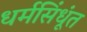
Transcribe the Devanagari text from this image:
धर्मसिंधूंत